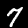
Label: 7